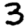
Digit: 3